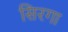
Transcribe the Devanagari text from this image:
सिरगा